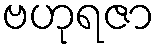
ဗဟုရဇာ